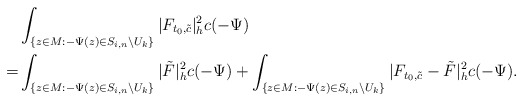
\begin{align*}&\int_{\{z\in M:-\Psi(z)\in S_{i,n}\backslash U_k\}}|F_{t_0,\tilde{c}}|^2_hc(-\Psi)\\=&\int_{\{z\in M:-\Psi(z)\in S_{i,n}\backslash U_k\}}|\tilde F|^2_hc(-\Psi)+\int_{\{z\in M:-\Psi(z)\in S_{i,n}\backslash U_k\}}|F_{t_0,\tilde{c}}-\tilde F|^2_hc(-\Psi).\end{align*}